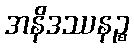
အနိဒဿနဉ္စ